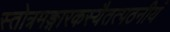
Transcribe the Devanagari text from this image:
स्तोत्रमङ्गारकस्यैतत्पठनीयं